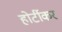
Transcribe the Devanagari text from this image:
होर्टीकर